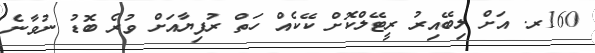
160ރ. އަށް ލިބޭއިރު ރީޓޭލްކޮށް ކޭކެއް ހަތް ރުފިޔާއަށް ވުރެ ބޮޑު ނުވާނެ